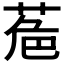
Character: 𮏘